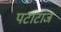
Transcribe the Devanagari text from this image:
पटाटाज